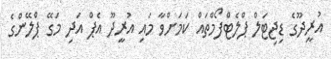
އުރީދޫގެ ޑިޖިޓަލް ޕްލެޓްފޯމްތައް ކަމަށްވާ މައި އުރީދޫ އެޕް އަދި މަގޭ ޕްލޭންގެ